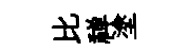
比禅塗